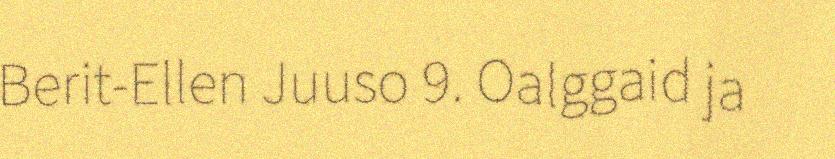
Berit-Ellen Juuso 9. Oalggaid ja